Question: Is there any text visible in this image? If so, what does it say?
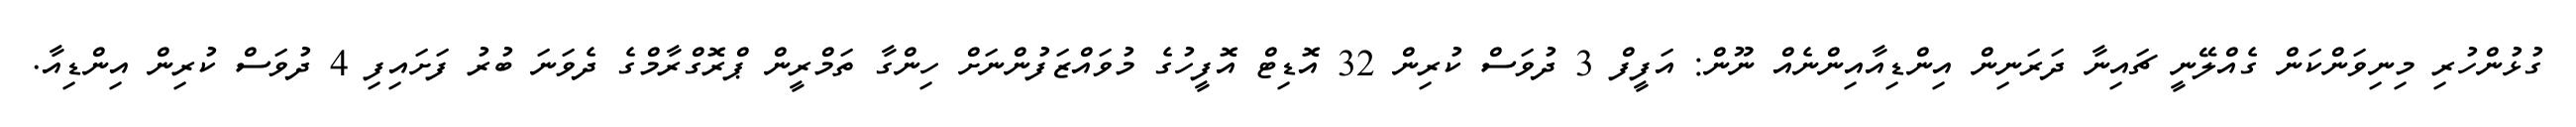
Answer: ގުޅުންހުރި މިނިވަންކަން ގެއްލޭނީ ޗައިނާ ދަރަނިން އިންޑިއާއިންނެއް ނޫން: އަފީފް 3 ދުވަސް ކުރިން 32 އޮޑިޓް އޮފީހުގެ މުވައްޒަފުންނަށް ހިންގާ ތަމްރީން ޕްރޮގްރާމްގެ ދެވަނަ ބުރު ފަށައިފި 4 ދުވަސް ކުރިން އިންޑިއާ.